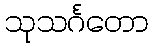
သုသင်္ဂတော